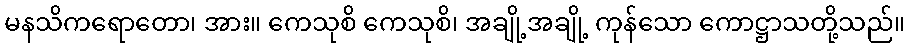
မနသိကရောတော၊ အား။ ကေသုစိ ကေသုစိ၊ အချို့အချို့ ကုန်သော ကောဋ္ဌာသတို့သည်။